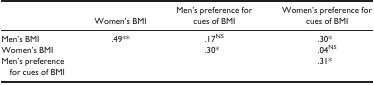
<table><thead><tr><td></td><td><b>Women&#x27;s BMI</b></td><td><b>Men&#x27;s preference for cues of BMI</b></td><td><b>Women&#x27;s preference for cues of BMI</b></td></tr></thead><tbody><tr><td>Men&#x27;s BMI</td><td>.49**</td><td>.17NS</td><td>.30*</td></tr><tr><td>Women&#x27;s BMI</td><td></td><td>.30*</td><td>.04NS</td></tr><tr><td>Men&#x27;s preference for cues of BMI</td><td></td><td></td><td>.31*</td></tr></tbody></table>